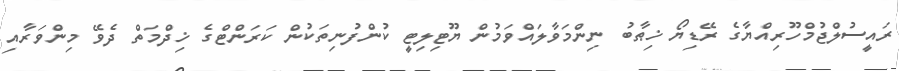
ރައީސުލްޖުމްހޫރިއްޔާގެ ރޭޑިޔޯ ޚިޠާބު ނިންމަވާލައްވަމުން ޔޫޓިލިޓީ ކުންފުނިތަކުން ކަރަންޓްގެ ޚިދްމަތް ދެވޭ މިންވަރާއި